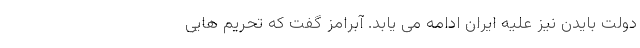
دولت بایدن نیز علیه ایران ادامه می یابد. آبرامز گفت که تحریم هایی